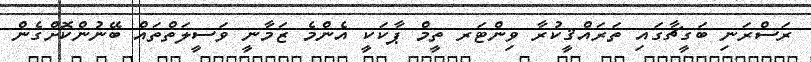
ރަސްރަނި ބަގީޗާގައި ތަރައްޤީކުރާ ވިންޓަރ ތީމް ޕާކަކީ އެންމެ ޒަމާނީ ވަސީލަތްތައް ބޭނުންކޮށްގެން